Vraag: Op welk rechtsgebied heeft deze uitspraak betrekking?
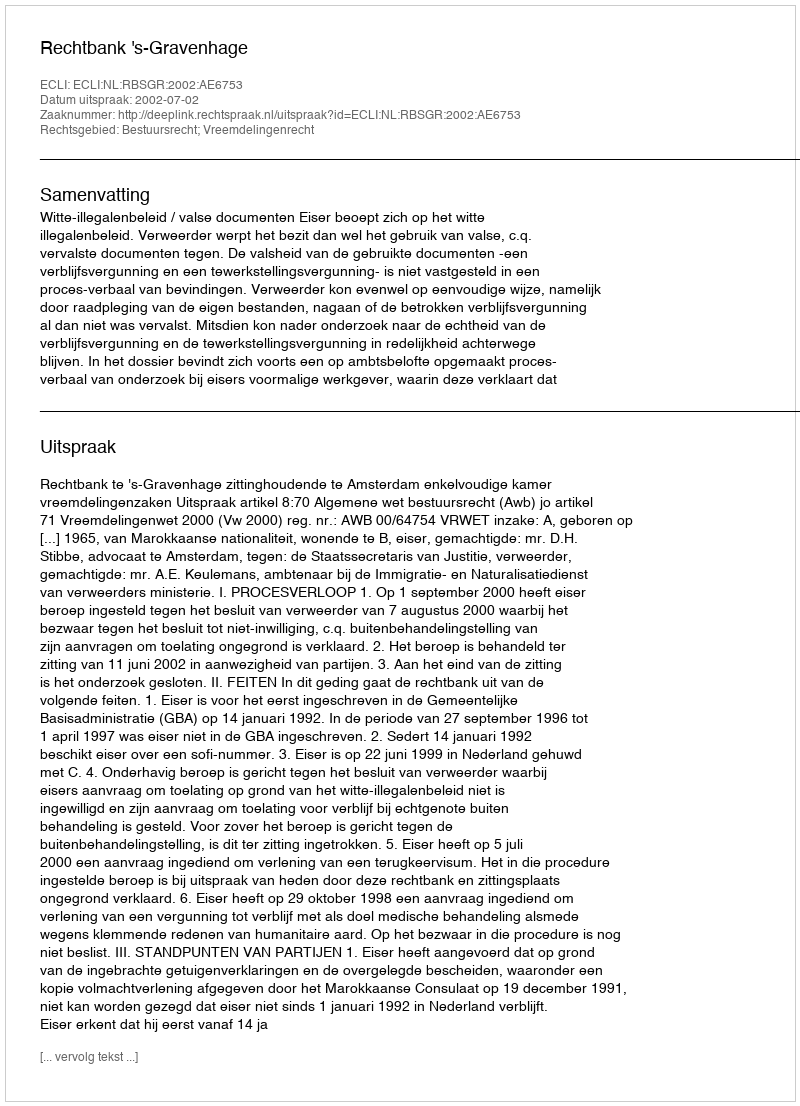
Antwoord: Bestuursrecht; Vreemdelingenrecht